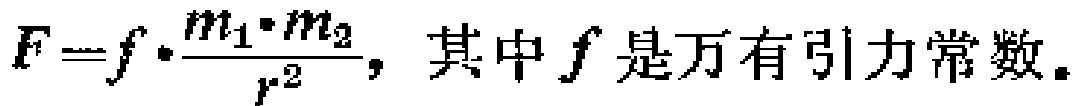
\(F = f\cdot\frac{m_{1}\cdot m_{2}}{r^{2}}\)，其中\(f\)是万有引力常数。